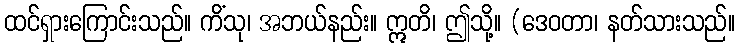
ထင်ရှားကြောင်းသည်။ ကိံသု၊ အဘယ်နည်း။ ဣတိ၊ ဤသို့။ (ဒေဝတာ၊ နတ်သားသည်။